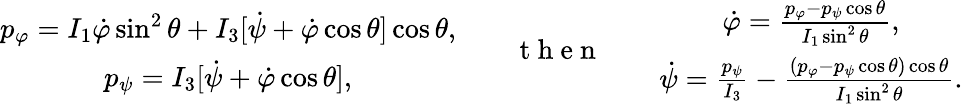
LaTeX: \begin{array}{r}{\begin{array}{c}{p_{\varphi}=I_{1}\dot{\varphi}\sin^{2}\theta+I_{3}[\dot{\psi}+\dot{\varphi}\cos\theta]\cos\theta,}\\ {p_{\psi}=I_{3}[\dot{\psi}+\dot{\varphi}\cos\theta],}\end{array}\qquad\mathrm{~t~h~e~n~}\qquad\begin{array}{c}{\dot{\varphi}=\frac{p_{\varphi}-p_{\psi}\cos\theta}{I_{1}\sin^{2}\theta},}\\ {\dot{\psi}=\frac{p_{\psi}}{I_{3}}-\frac{(p_{\varphi}-p_{\psi}\cos\theta)\cos\theta}{I_{1}\sin^{2}\theta}.}\end{array}}\end{array}